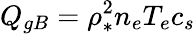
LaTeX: Q_{gB}=\rho_{*}^{2}n_{e}T_{e}c_{s}